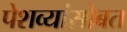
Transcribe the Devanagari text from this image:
पेशव्यांसोबत